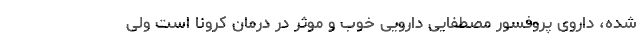
شده، داروی پروفسور مصطفایی دارویی خوب و موثر در درمان کرونا است ولی